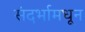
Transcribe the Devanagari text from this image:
संदर्भामधून